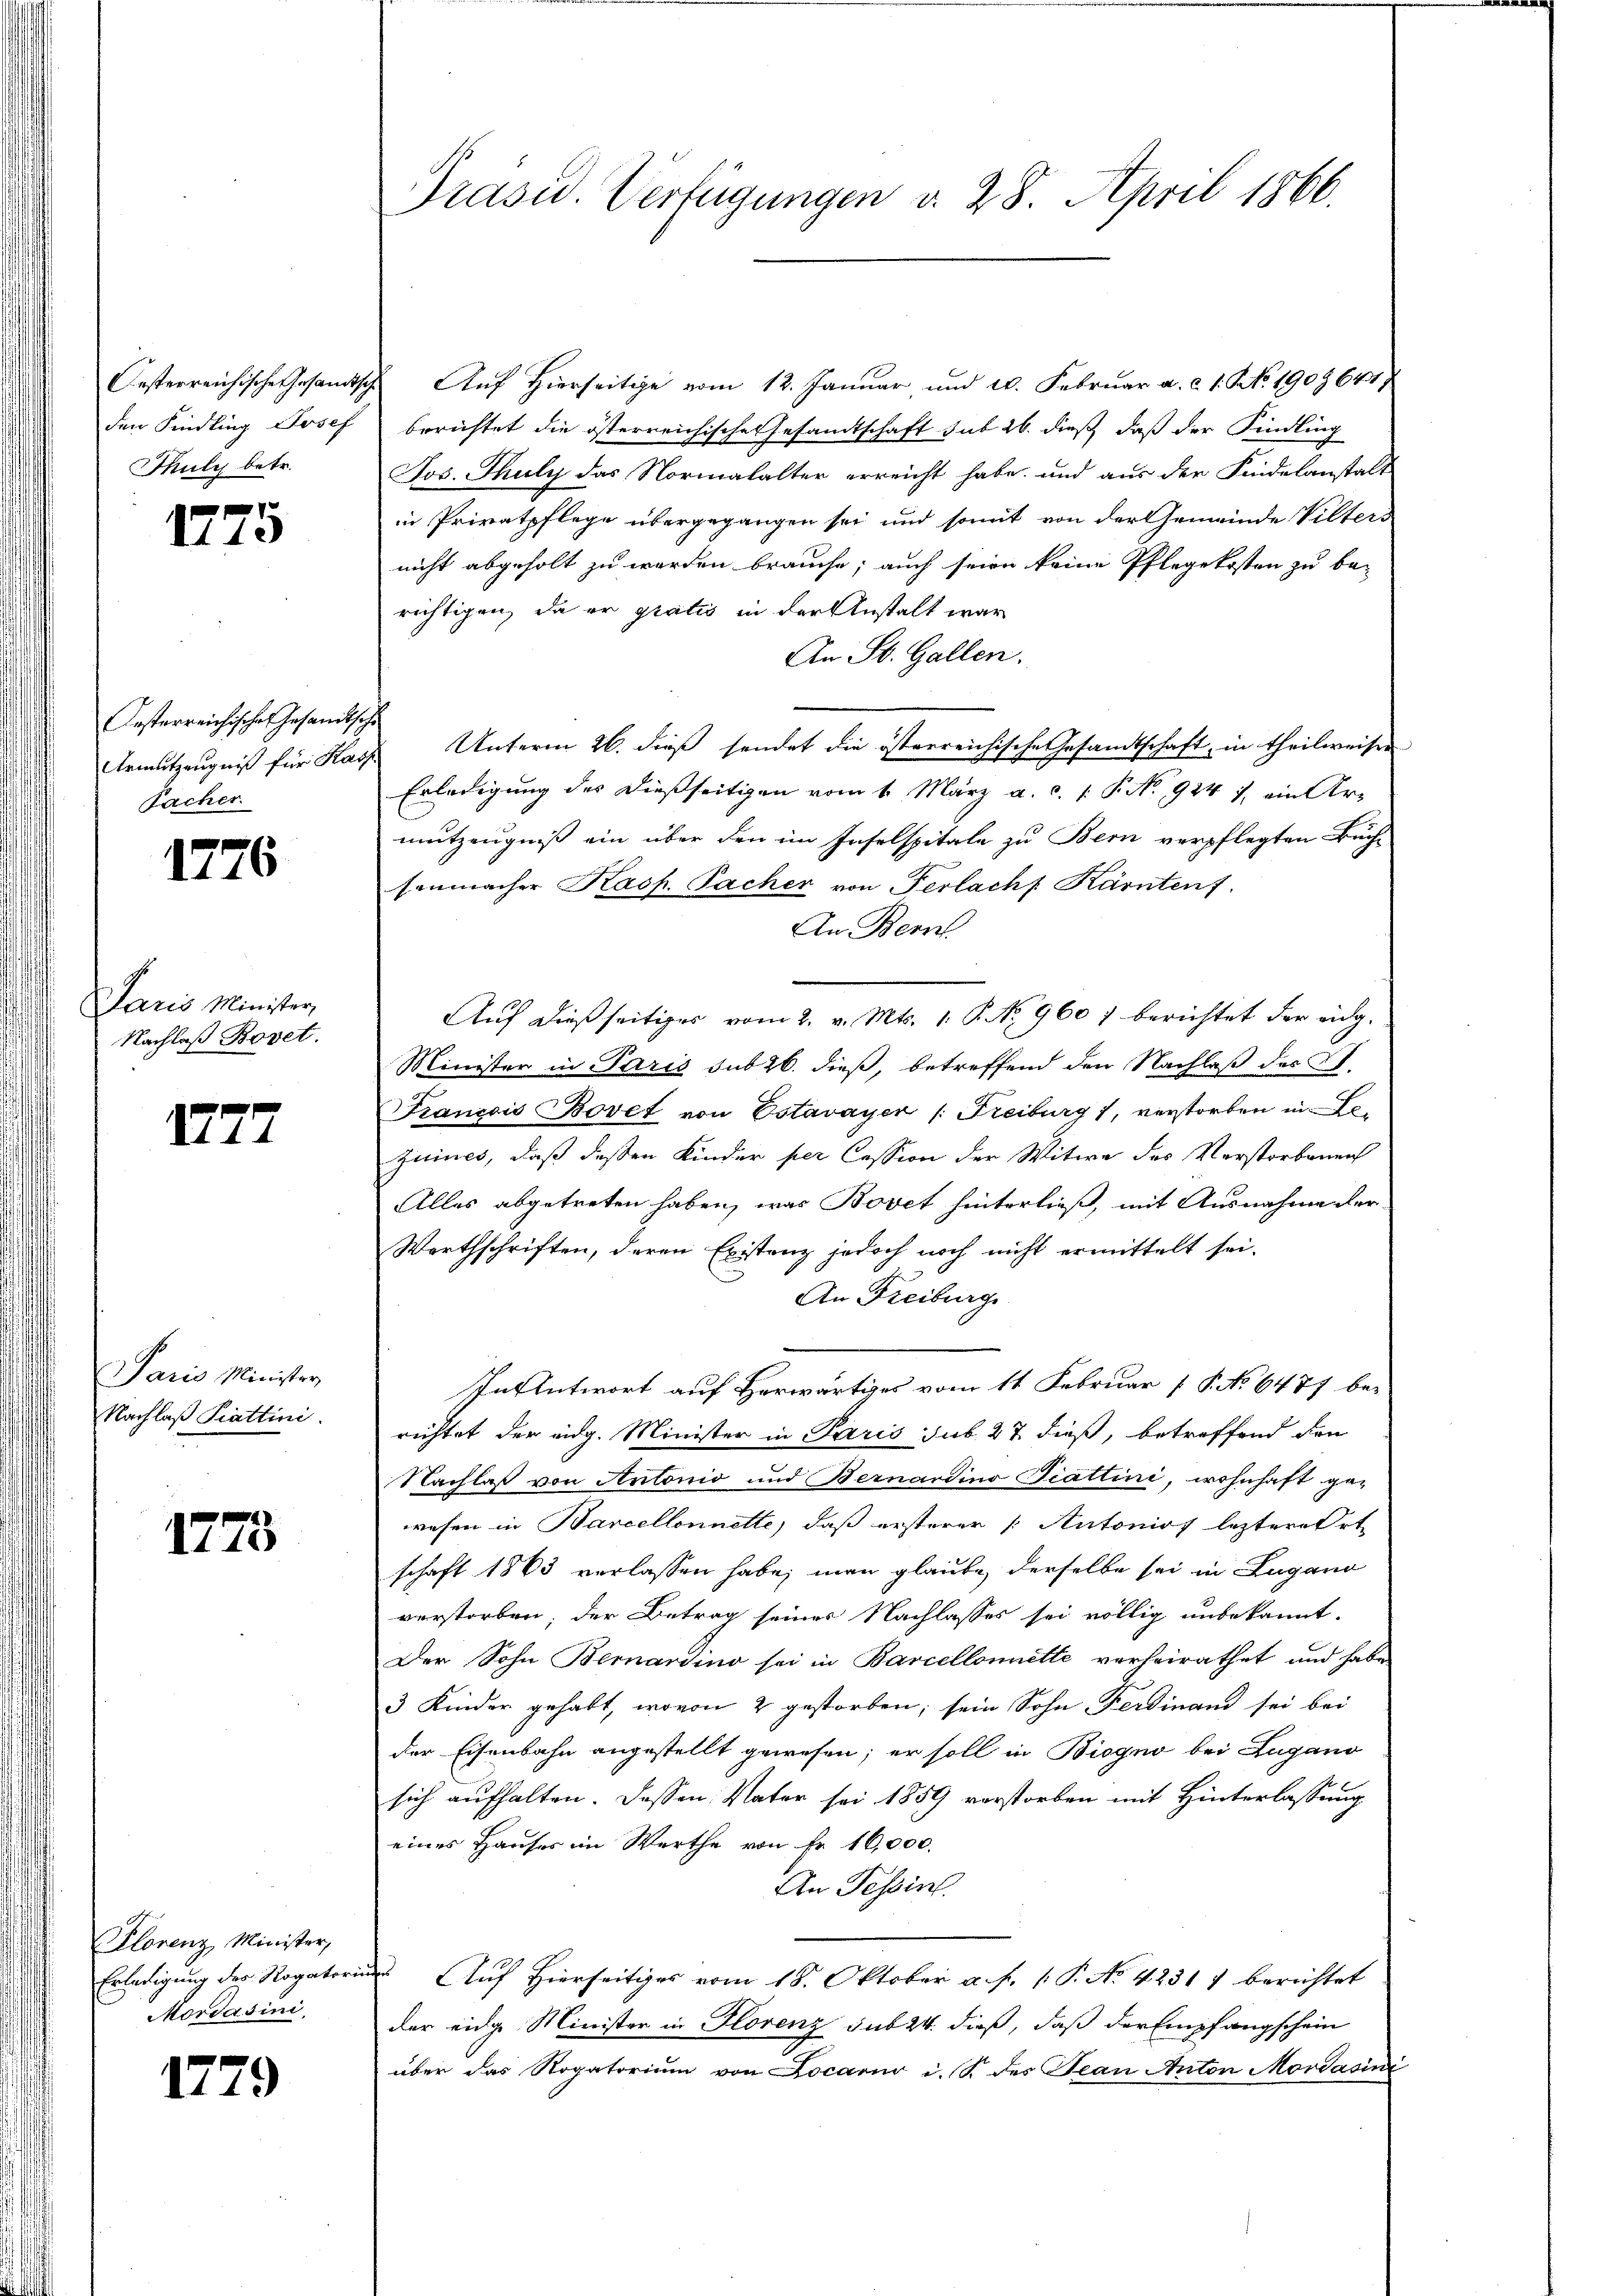
Oesterreichische Gesandtsch
den Kindling Josef
Thuly betr.

1775

Festerreichischen Gesandtsc
Armutzeugniß für Kar
Facher

1776

Paris Minister,
Nachlaß Bovet.

177

Paris Minister,
Nachlaß Krattini.

1773

lorenz, Minister,
Erledigung der Rogator
Mordasini

1779

Präsid. Verfügungen v. 28. April 1866.

Auf Hierseitige vom 12. Januar und 20. Februar a. c. 1. No. 1909 641
berichtet die österreichische Gesandtschaft sub 26. dieß, daß der Kindling
Jos. Thuly das Normalalter erreicht habe, und aus der Findelanstalt
in Privatpflege übergegangen sei und somit von der Gemeinde Vilters
nicht abgeholt zu werden brauche; auch seien keine Pflegekosten zu be-
richtigen, da er gratis in der Anstalt war
An St. Gallen.
Unterm 26. dieß sendet die österreichische Gesandtschaft, in theilweiser
Erledigung des dießseitigen vom 1. März a. c. 1 P. No 924 J. ein Ar-
mutzeugniß ein über den im Inselspitale zu Bern verpflegten Buch-
senmacher Kasp. Pacher von Perlach Kärnten f.
An Bern
Aŭf dießseitiger vom 2. v. Mts. 1. P. No. 960 berichtet der eidg.
Minister in Paris sub 26. dieß, betreffend den Nachlaß des St.
Francois Bovet von Estavayer /: Freiburg 1, verstorben in Lezuines, daß dessen Kinder per Cession der Witwe des Verstorbenen
Alles abgetreten haben, was Bovet hinterließ, mit Ausnahme ver-
Werthschriften, deren Existenz jedoch noch nicht ermittelt sei.
An Freiburg
In Antwort auf Herwärtiges vom 11. Februar (§. No 6477 berichtet der eidg. Minister in Paris sub 27. dieß, betreffend den
Nachlaß von Antonio und Bernardino Viattini, wohnhaft ge-
wesen in Barcellonnette, daß ersterer Autonio leztere Ort
schaft 1863 verlassen habe; man glaube derselbe sei in Lugano
verstorben, der Betrag seines Nachlasses sei völlig unbekannt.
Der Sohn Bernardino sei in Barcellemette verheirathet und habe
3 Kinder gehabt, wovon 2 gestorben; sein Sohn Ferdinand sei bei
der Eisenbahn angestellt gewesen; er soll in Biogno bei Zugano
sich aufhalten. Dassen Vater sei 1859 vorstorben mit Hinterlassung
eines Hauses im Werthe von Fr. 16,000.
An Tessin.
 Auf Hierseitiges vom 18. Oktober a. f. 1 P. No. 42317 berichtet
der eidge Minister in Florenz sub 24. dieß, daß der Empfangschein
über das Rogatorium von Locario i. S. des Jean Anton Mordasini